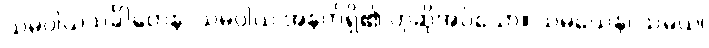
သမဝါယသင်္ခါတေန၊ သမဝါယ အနက်ရှိ၏ ဟုဆိုအပ်သော။ သမယေန၊ သမယ၊